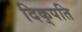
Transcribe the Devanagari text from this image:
दिक्‌पति